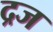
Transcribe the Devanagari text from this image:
द्रज